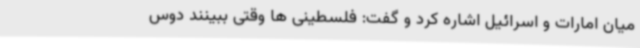
میان امارات و اسرائیل اشاره کرد و گفت: فلسطینی ها وقتی ببینند دوس